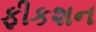
ફીકશન